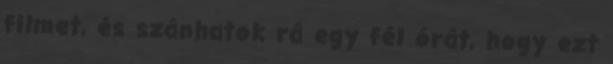
filmet, és szánhatok rá egy fél órát, hogy ezt